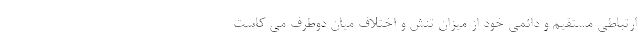
ارتباطی مستقیم و دائمی خود از میزان تنش و اختلاف میان دوطرف می کاست